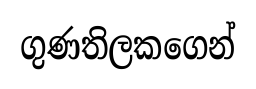
ගුණතිලකගෙන්